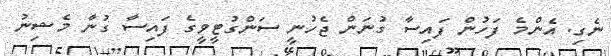
ނެގި. އެންމެ ފަހުން ފައިސާ ގުނަން ޖެހުނީ ސަންގުޓީވީގެ ފައިސާ ގުނާ މެޝިނު